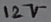
Text: 12V